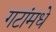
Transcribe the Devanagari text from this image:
गटांमधे